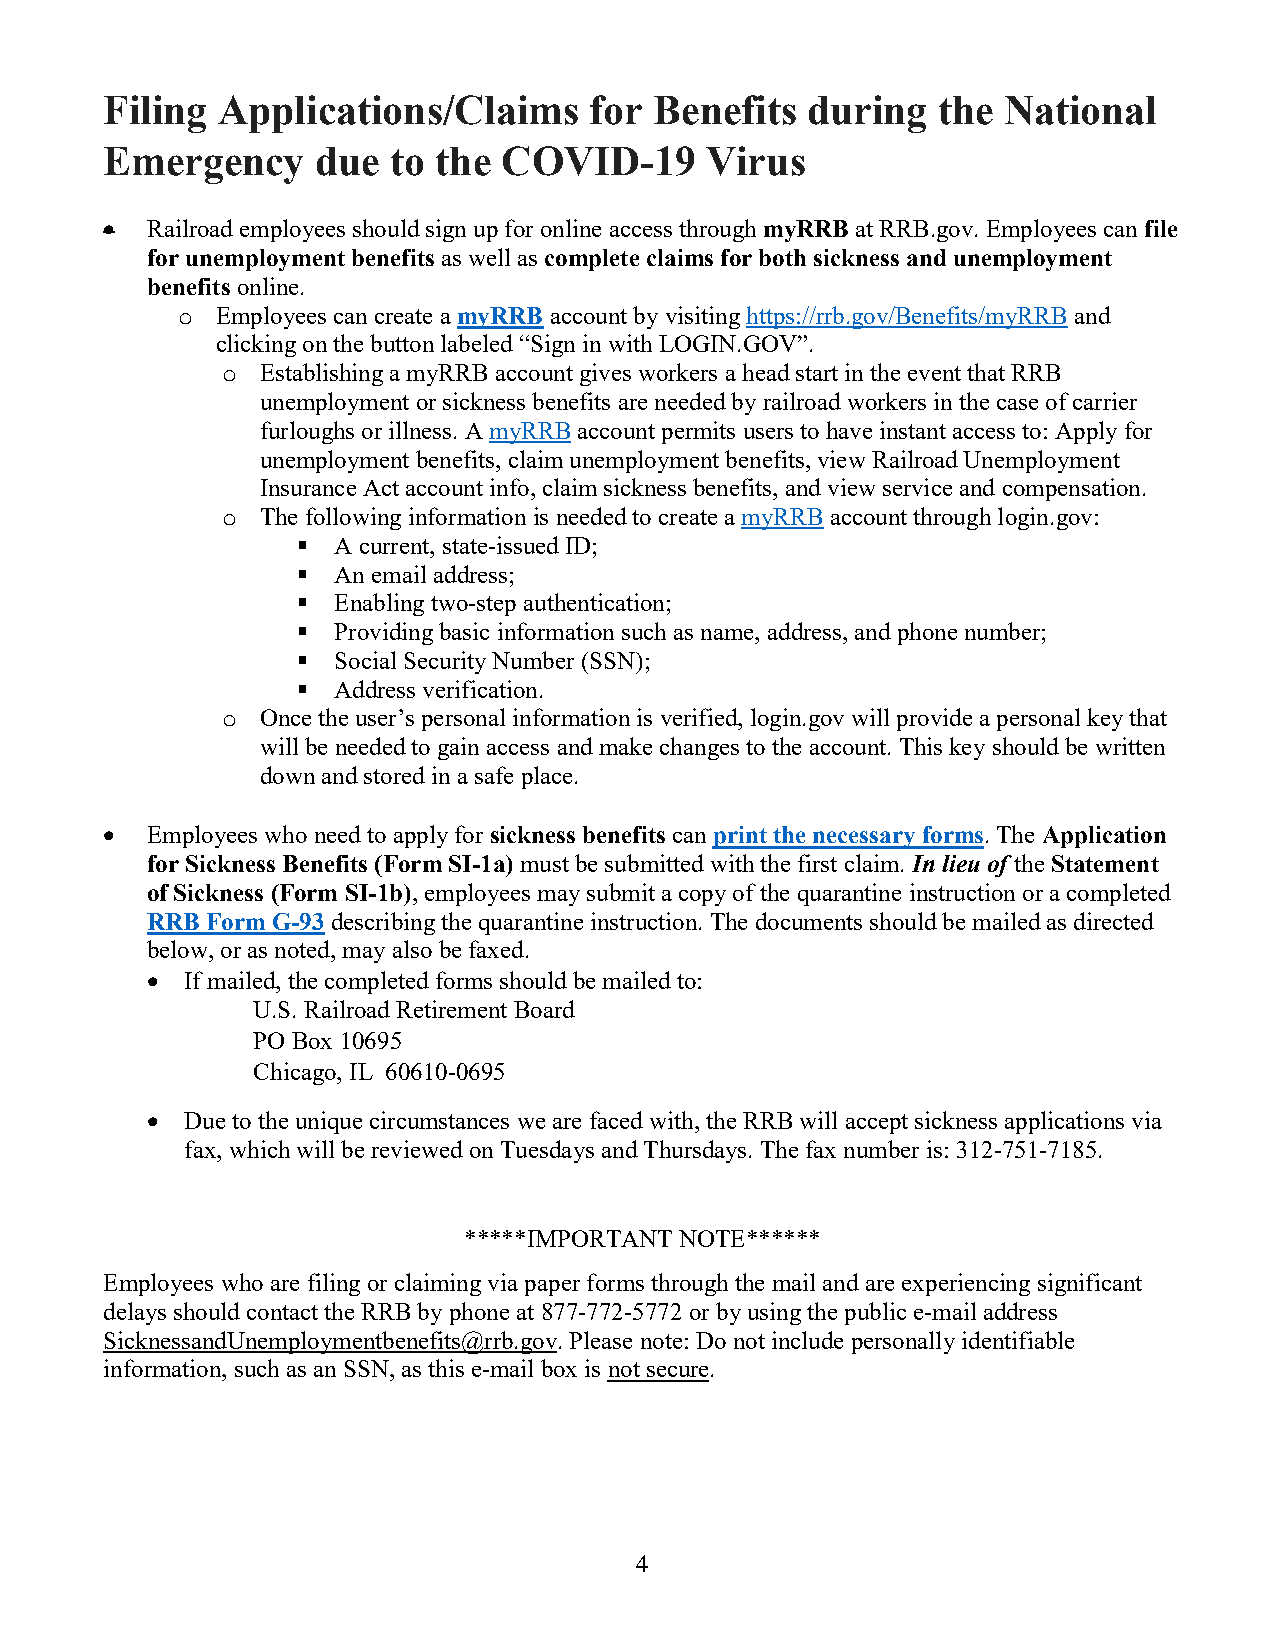
Filing Applications/Claims      for Benefits  during   the National
 Emergency     due  to the COVID-19      Virus
 •  Railroad employees should sign up for online access through myRRB at RRB.gov. Employees can file
 for unemployment benefits as well as complete claims for both sickness and unemployment
 benefits online.
 Employees can create a myRRB account by visiting https://rrb.gov/Benefits/myRRB and
 o
 clicking on the button labeled “Sign in with LOGIN.GOV”.
 Establishing a myRRB account gives workers a head start in the event that RRB
 o
 unemployment or sickness benefits are needed by railroad workers in the case of carrier
 furloughs or illness. A myRRB account permits users to have instant access to: Apply for
 unemployment benefits, claim unemployment benefits, view Railroad Unemployment
 Insurance Act account info, claim sickness benefits, and view service and compensation.
 The following information is needed to create a myRRB account through login.gov:
 o
  A current, state-issued ID;
  An email address;
  Enabling two-step authentication;
  Providing basic information such as name, address, and phone number;
  Social Security Number (SSN);
  Address verification.
 Once the user’s personal information is verified, login.gov will provide a personal key that
 o
 will be needed to gain access and make changes to the account. This key should be written
 down and stored in a safe place.
 •  Employees who need to apply for sickness benefits can print the necessary forms. The Application
 for Sickness Benefits (Form SI-1a) must be submitted with the first claim. In lieu of the Statement
 of Sickness (Form SI-1b), employees may submit a copy of the quarantine instruction or a completed
 RRB Form G-93 describing the quarantine instruction. The documents should be mailed as directed
 below, or as noted, may also be faxed.
 • If mailed, the completed forms should be mailed to:
 U.S. Railroad Retirement Board
 PO Box 10695
 Chicago, IL 60610-0695
 • Due to the unique circumstances we are faced with, the RRB will accept sickness applications via
 fax, which will be reviewed on Tuesdays and Thursdays. The fax number is: 312-751-7185.
 *****IMPORTANT NOTE******
 Employees who are filing or claiming via paper forms through the mail and are experiencing significant
 delays should contact the RRB by phone at 877-772-5772 or by using the public e-mail address
 SicknessandUnemploymentbenefits@rrb.gov. Please note: Do not include personally identifiable
 information, such as an SSN, as this e-mail box is not secure.
 4